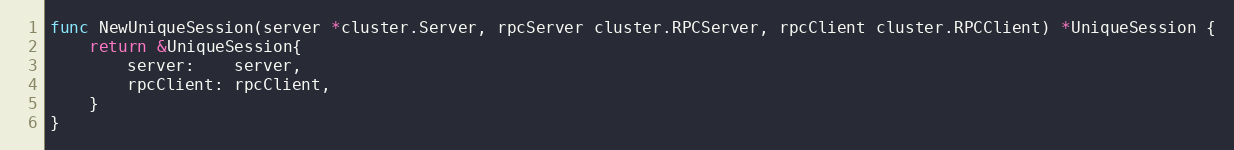
Language: Go
func NewUniqueSession(server *cluster.Server, rpcServer cluster.RPCServer, rpcClient cluster.RPCClient) *UniqueSession {
	return &UniqueSession{
		server:    server,
		rpcClient: rpcClient,
	}
}